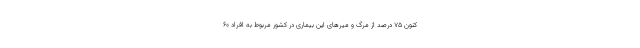
کنون ۷۵ درصد از مرگ و میرهای این بیماری در کشور مربوط به افراد ۶۰